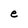
Character: e